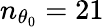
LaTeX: n_{\theta_{0}}=21